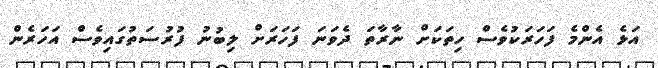
އަޅެ އެންމެ ފަހަރަކުވެސް ހިތަކަށް ނާރާތަ ދެވަނަ ފަހަރަށް ލިބުނު ފުރުސަތުގައިވެސް އަހަރެން